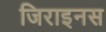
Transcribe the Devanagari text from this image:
जिराइनस